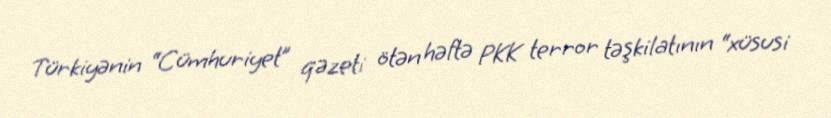
Türkiyənin “Cümhuriyet” qəzeti ötən həftə PKK terror təşkilatının “xüsusi